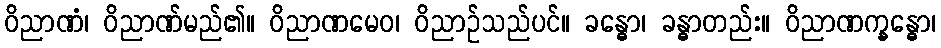
ဝိညာဏံ၊ ဝိညာဏ်မည်၏။ ဝိညာဏမေဝ၊ ဝိညာဉ်သည်ပင်။ ခန္ဓော၊ ခန္ဓာတည်း။ ဝိညာဏက္ခန္ဓော၊